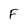
Character: F